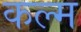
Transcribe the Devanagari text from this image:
कल्म